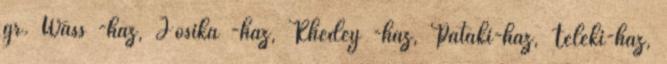
gr. Wass -ház, Jósika -ház, Rhédey -ház, Pataki-ház, Teleki-ház,